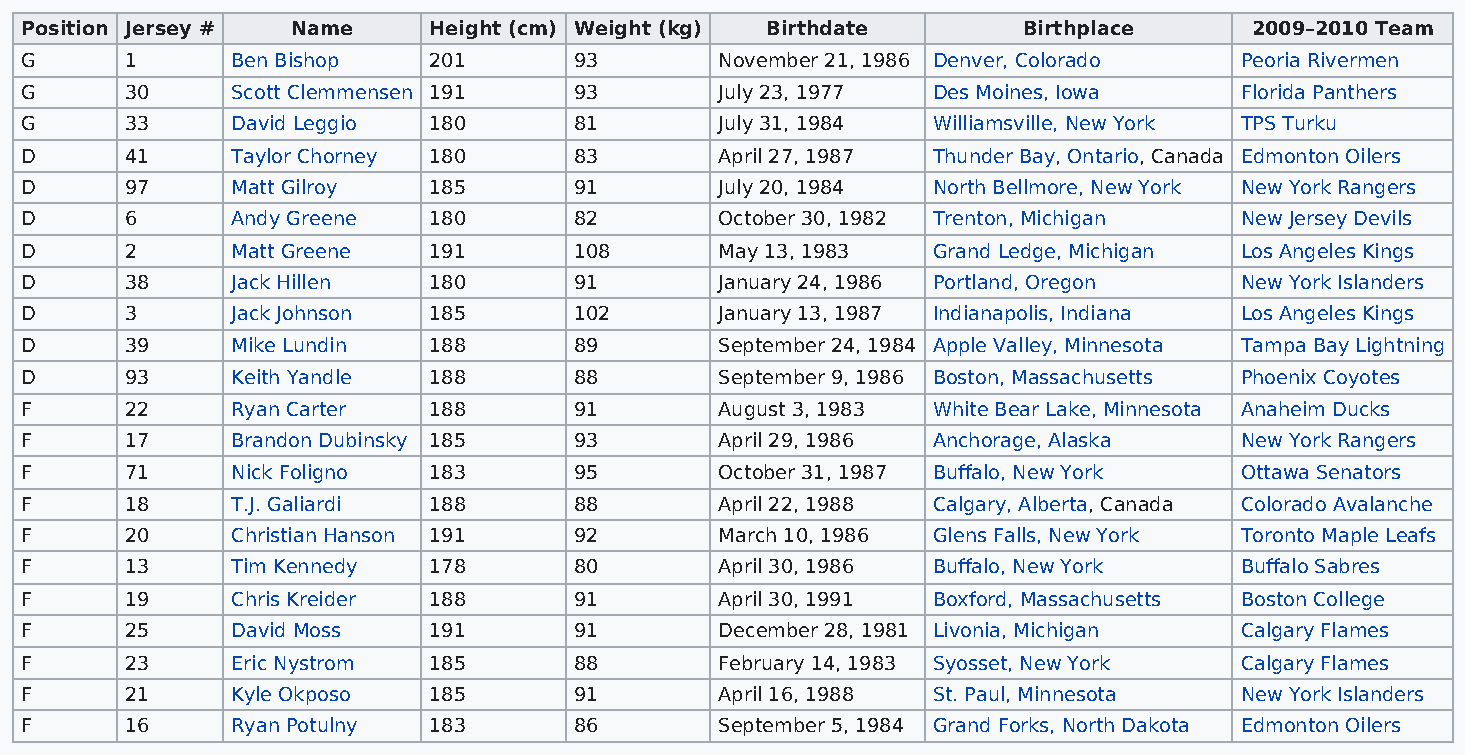
Position Jersey # Name     Height (cm) Weight (kg) Birthdate       Birthplace     2009–2010 Team
 G      1      Ben Bishop   201       93        November 21, 1986 Denver, Colorado Peoria Rivermen
 G      30     Scott Clemmensen 191   93        July 23, 1977 Des Moines, Iowa    Florida Panthers
 G      33     David Leggio 180       81        July 31, 1984 Williamsville, New York TPS Turku
 D      41     Taylor Chorney 180     83        April 27, 1987 Thunder Bay, Ontario, Canada Edmonton Oilers
 D      97     Matt Gilroy  185       91        July 20, 1984 North Bellmore, New York New York Rangers
 D      6      Andy Greene  180       82        October 30, 1982 Trenton, Michigan New Jersey Devils
 D      2      Matt Greene  191       108       May 13, 1983  Grand Ledge, Michigan Los Angeles Kings
 D      38     Jack Hillen  180       91        January 24, 1986 Portland, Oregon New York Islanders
 D      3      Jack Johnson 185       102       January 13, 1987 Indianapolis, Indiana Los Angeles Kings
 D      39     Mike Lundin  188       89        September 24, 1984 Apple Valley, Minnesota Tampa Bay Lightning
 D      93     Keith Yandle 188       88        September 9, 1986 Boston, Massachusetts Phoenix Coyotes
 F      22     Ryan Carter  188       91        August 3, 1983 White Bear Lake, Minnesota Anaheim Ducks
 F      17     Brandon Dubinsky 185   93        April 29, 1986 Anchorage, Alaska  New York Rangers
 F      71     Nick Foligno 183       95        October 31, 1987 Buffalo, New York Ottawa Senators
 F      18     T.J. Galiardi 188      88        April 22, 1988 Calgary, Alberta, Canada Colorado Avalanche
 F      20     Christian Hanson 191   92        March 10, 1986 Glens Falls, New York Toronto Maple Leafs
 F      13     Tim Kennedy  178       80        April 30, 1986 Buffalo, New York  Buffalo Sabres
 F      19     Chris Kreider 188      91        April 30, 1991 Boxford, Massachusetts Boston College
 F      25     David Moss   191       91        December 28, 1981 Livonia, Michigan Calgary Flames
 F      23     Eric Nystrom 185       88        February 14, 1983 Syosset, New York Calgary Flames
 F      21     Kyle Okposo  185       91        April 16, 1988 St. Paul, Minnesota New York Islanders
 F      16     Ryan Potulny 183       86        September 5, 1984 Grand Forks, North Dakota Edmonton Oilers